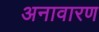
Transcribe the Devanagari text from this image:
अनावारण